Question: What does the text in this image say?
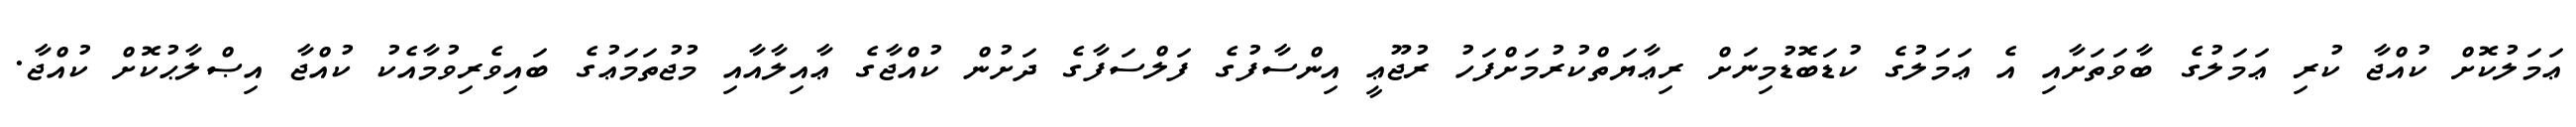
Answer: ޢަމަލުކޮށް ކުއްޖާ ކުރި ޢަމަލުގެ ބާވަތަށާއި އެ ޢަމަލުގެ ކުޑަބޮޑުމިނަށް ރިޢާޔަތްކުރުމަށްފަހު ރުޖޫޢީ އިންސާފުގެ ފަލްސަފާގެ ދަށުން ކުއްޖާގެ ޢާއިލާއާއި މުޖުތަމަޢުގެ ބައިވެރިވުމާއެކު ކުއްޖާ އިޞްލާޙުކޮށް ކުއްޖާ.